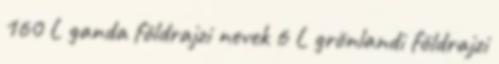
160 L ganda földrajzi nevek‎ 6 L grönlandi földrajzi